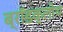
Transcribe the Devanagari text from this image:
ब्रॉडक्लोथ